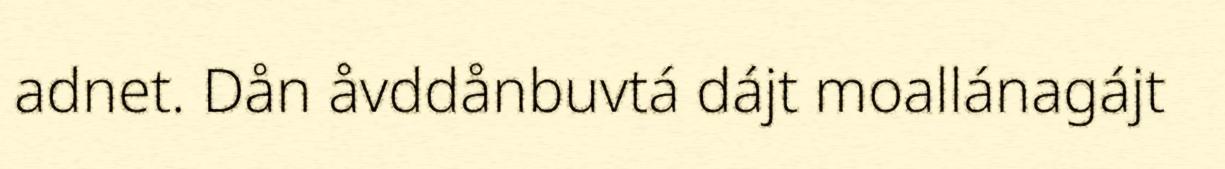
adnet. Dån åvddånbuvtá dájt moallánagájt